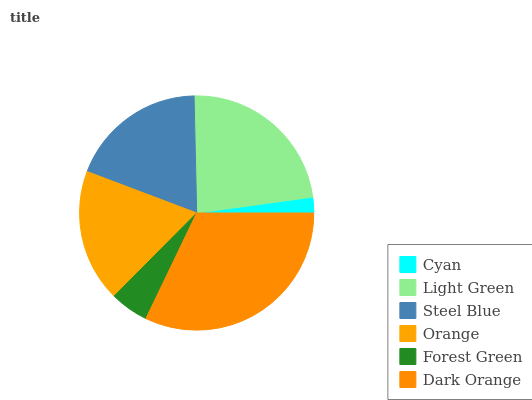
| Cyan | Light Green | Steel Blue | Orange | Forest Green | Dark Orange |
 | --- | --- | --- | --- | --- | --- |
 | 2.16% | 23.2% | 18.9% | 18.3% | 5.31% | 32.1% |